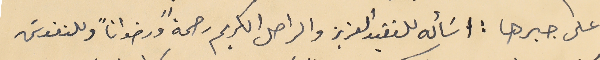
على جبرها : اسَأله للفقيد العزيز والراحل الكريم رحمةً ورضواناً وللنفوسَ